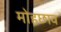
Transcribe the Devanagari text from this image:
मोहछाव